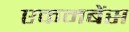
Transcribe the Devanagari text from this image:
एकमबेंस